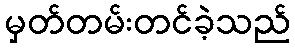
မှတ်တမ်းတင်ခဲ့သည်